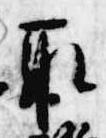
取